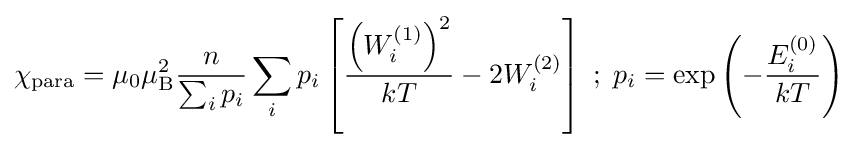
\chi _{\rm {para}}=\mu _{0}\mu _{\rm {B}}^{2}{\frac {n}{\sum _{i}p_{i}}}\sum _{i}p_{i}\left[{\frac {\left(W_{i}^{(1)}\right)^{2}}{kT}}-2W_{i}^{(2)}\right]\;;\;p_{i}=\exp \left(-{\frac {E_{i}^{(0)}}{kT}}\right)